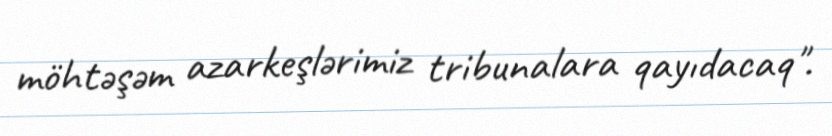
möhtəşəm azarkeşlərimiz tribunalara qayıdacaq".